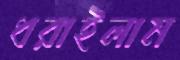
ধরাইলাম